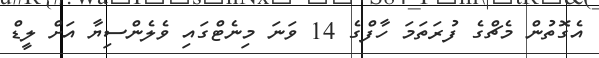
އެގޮތުން މެޗްގެ ފުރަތަމަ ހާފްގެ 14 ވަނަ މިނެޓްގައި ވެލެންސިޔާ އަށް ލީޑް